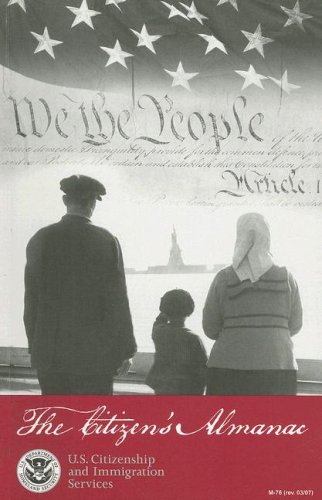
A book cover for The CitizenEEs Almanac: Fundamental Documents, Symbols, and Anthems of the United States; Test Preparation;